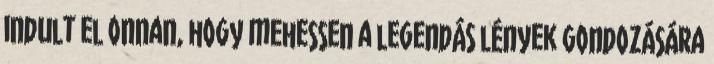
indult el onnan, hogy mehessen a legendás lények gondozására